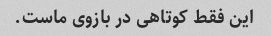
این فقط کوتاهی در بازوی ماست.